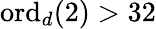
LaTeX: \mathrm{ord}_{d}(2)>32